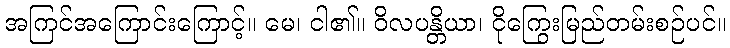
အကြင်အကြောင်းကြောင့်။ မေ၊ ငါ၏။ ဝိလပန္တိယာ၊ ငိုကြွေးမြည်တမ်းစဉ်ပင်။